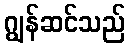
ဂျွန်ဆင်သည်